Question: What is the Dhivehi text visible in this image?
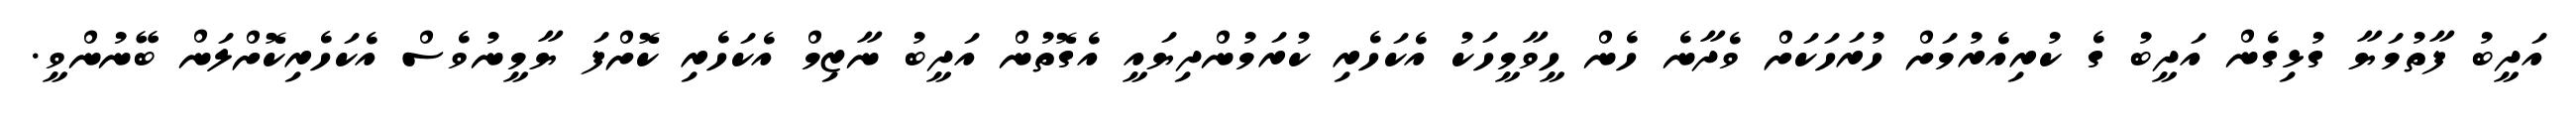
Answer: އަދީބު ފާތުމަޔާ ގުޅިގެން އަދީބު ގެ ކުރިއެރުމަށް ހުރަހަކަށް ވެދާނެ ހެން ހީވާމީހަކު އެކަހެރި ކުރަމުންދިޔައީ އެގޮތުން އަދީބު ނާޒިމް އެކަހެރި ކޮށްފަ ޔާމީނުވެސް އެކަހެރިކޮށްލަން ބޭނުންވީ.